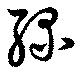
綠